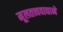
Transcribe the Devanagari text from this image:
मूलतत्त्ववाद्याने